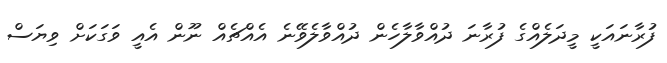
ފުރާނައަކީ މީދަލެއްގެ ފުރާނަ ދުއްވާލާހެން ދުއްވާލެވޭނެ އެއްޗެއް ނޫން އެއީ ވަގަކަށް ވިޔަސް